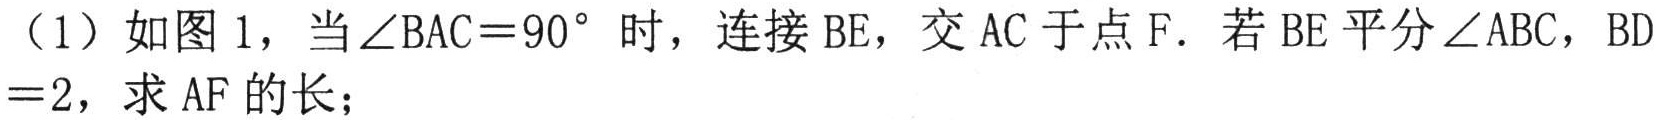
（1）如图 1，当\(\angle BAC = 90^{\circ}\)时，连接\(BE\)，交\(AC\)于点\(F\)．若\(BE\)平分\(\angle ABC\)，\(BD = 2\)，求\(AF\)的长；